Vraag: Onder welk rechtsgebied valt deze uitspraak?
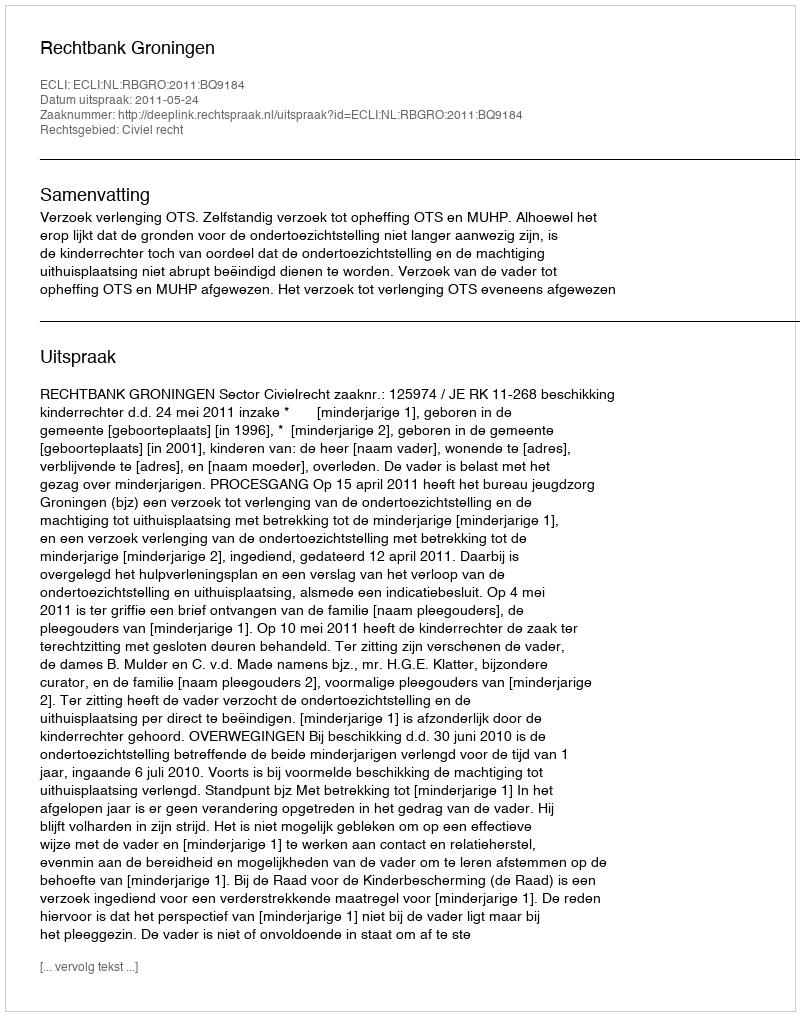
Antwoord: Civiel recht